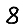
Digit: 8